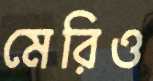
মেরিও